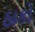
ઠાકો